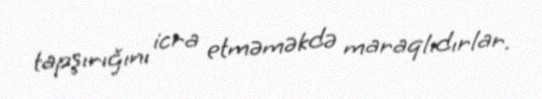
tapşırığını icra etməməkdə maraqlıdırlar.